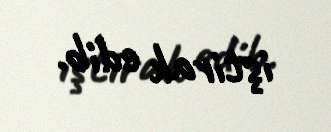
iştirak edib.